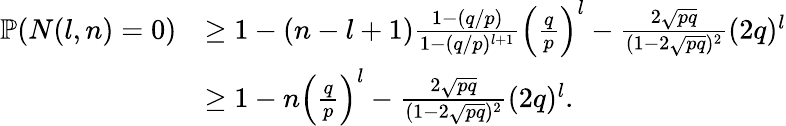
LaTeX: \begin{array}{rl}{\mathbb{P}(N(l,n)=0)}&{\geq 1-(n-l+1)\frac{1-(q/p)}{1-(q/p)^{l+1}}\left(\frac{q}{p}\right)^{l}-\frac{2\sqrt{pq}}{(1-2\sqrt{pq})^{2}}(2q)^{l}}\\ &{\geq 1-n\left(\frac{q}{p}\right)^{l}-\frac{2\sqrt{pq}}{(1-2\sqrt{pq})^{2}}(2q)^{l}.}\end{array}